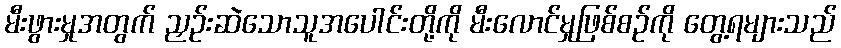
မီးဖွားမှုအတွက် ညှဉ်းဆဲသောသူအပေါင်းတို့ကို မီးလောင်မှုဖြစ်စဉ်ကို တွေ့ရများသည်